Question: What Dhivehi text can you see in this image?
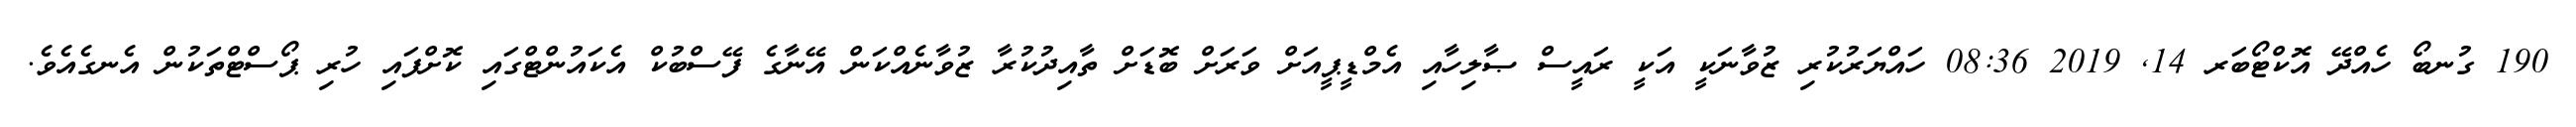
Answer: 190 ގުނބޯ ހެއްދޭ އޮކްޓޯބަރ 14, 2019 08:36 ހައްޔަރުކުރި ޒުވާނަކީ އަކީ ރައީސް ޞާލިހާއި އެމްޑީޕީއަށް ވަރަށް ބޮޑަށް ތާއިދުކުރާ ޒުވާނެއްކަން އޭނާގެ ފޭސްބުކް އެކައުންޓްގައި ކޮށްފައި ހުރި ޕޯސްޓްތަކުން އެނގެއެވެ.